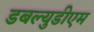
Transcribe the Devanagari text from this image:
डबल्युडीएम